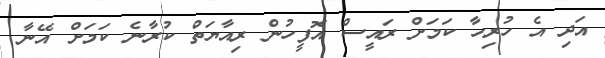
އަދި އެ ހުރިހާ ކަމަށް ރައީސް އޮފީހުން ރިއާޔަތް ކުރާނެ ކަމަށް އޭނާ